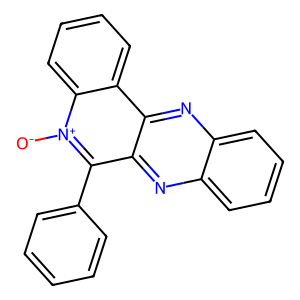
SMILES: [O-][n+]1c(-c2ccccc2)c2nc3ccccc3nc2c2ccccc21
Inhibits HIV replication: No